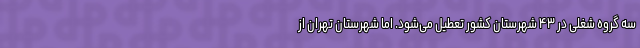
سه گروه شغلی در ۴۳ شهرستان کشور تعطیل می‌شود. اما شهرستان تهران از